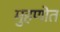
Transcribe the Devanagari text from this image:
मुहणोत